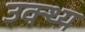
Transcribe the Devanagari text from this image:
उक्थ्य